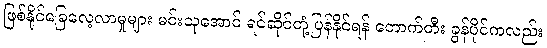
ဖြစ်နိုင်ခြေလေ့လာမှုများ မင်းသုအောင် ရင်ဆိုင်တုံ့ပြန်နိုင်ရန် တောက်တီး ခွန်ပိုင်ကလည်း